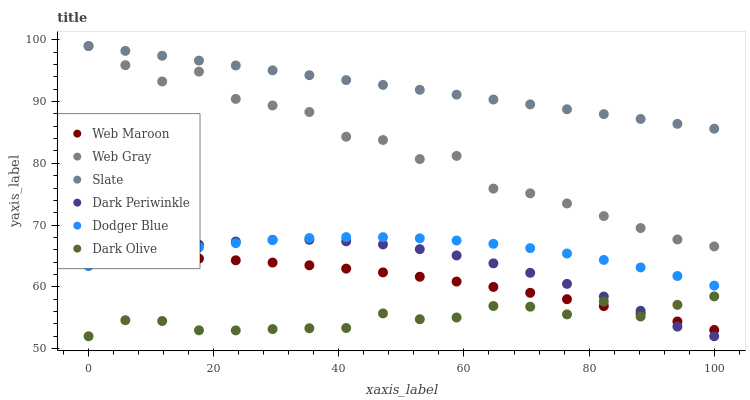
| xaxis_label | Web Maroon | Web Gray | Slate | Dark Periwinkle | Dodger Blue | Dark Olive |
 | --- | --- | --- | --- | --- | --- | --- |
 | 0 | 64.9 | 99 | 99 | 63.7 | 63.4 | 52 |
 | 5.88 | 64.9 | 95.9 | 98.2 | 65 | 64.5 | 54.6 |
 | 11.8 | 64.8 | 93.3 | 97.4 | 66 | 65.6 | 54.5 |
 | 17.6 | 64.6 | 94.9 | 96.6 | 66.8 | 66.4 | 53 |
 | 23.5 | 64.3 | 90.4 | 95.8 | 67.3 | 67.1 | 53 |
 | 29.4 | 63.9 | 89.4 | 95.1 | 67.6 | 67.6 | 53.2 |
 | 35.3 | 63.5 | 88.3 | 94.3 | 67.6 | 67.9 | 53.3 |
 | 41.2 | 63 | 84.3 | 93.5 | 67.4 | 68.1 | 53.3 |
 | 47.1 | 62.3 | 83.8 | 92.7 | 66.9 | 68 | 55.7 |
 | 52.9 | 61.6 | 80.7 | 91.9 | 66.1 | 67.9 | 54.8 |
 | 58.8 | 60.9 | 81.2 | 91.1 | 65.1 | 67.5 | 55 |
 | 64.7 | 60 | 75.9 | 90.3 | 63.8 | 67 | 56.9 |
 | 70.6 | 59 | 75.1 | 89.5 | 62.3 | 66.3 | 56.8 |
 | 76.5 | 58 | 73.5 | 88.8 | 60.5 | 65.4 | 55.5 |
 | 82.4 | 56.9 | 71.5 | 88 | 58.4 | 64.4 | 57.6 |
 | 88.2 | 55.7 | 69.5 | 87.2 | 56.1 | 63.1 | 55.2 |
 | 94.1 | 54.4 | 67.7 | 86.4 | 53.6 | 61.8 | 57.1 |
 | 100 | 53 | 66.5 | 85.6 | 52 | 60.2 | 58.5 |